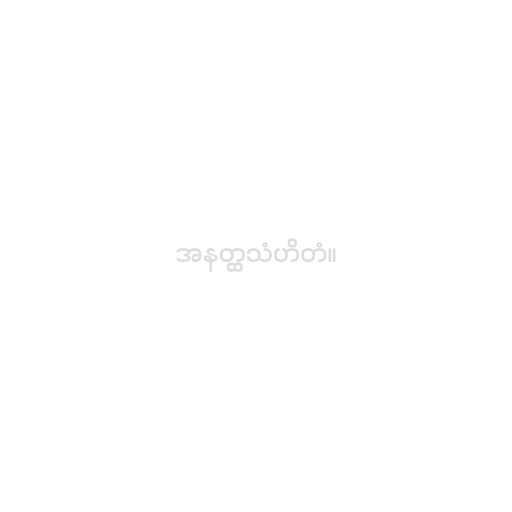
အနတ္ထသံဟိတံ။